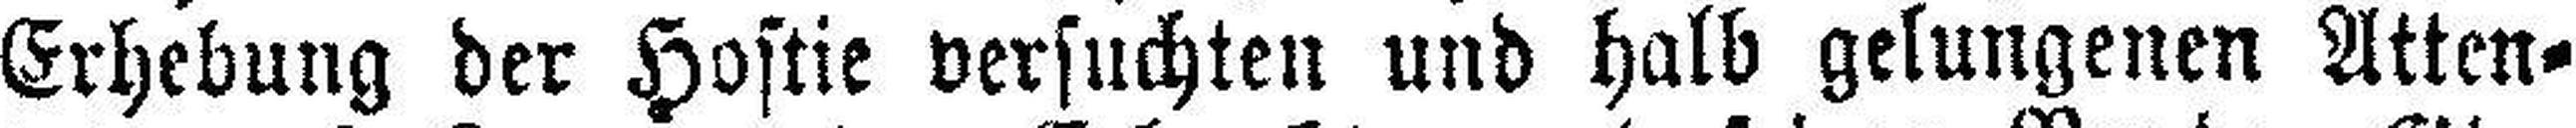
Erhebung der Hostie versuchten und halb gelungenen Atten¬